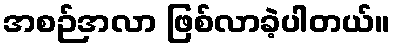
အစဉ်အလာ ဖြစ်လာခဲ့ပါတယ်။